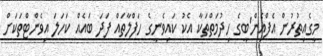
މީގެއިތުރުން އެފްއެން'ބީގެ ހިދުމަތްތަކާ އެކު ކައިވެނީގެ ހަފްލާތައް ފަަދަ ބައެއް ކަހަލަ އިވެންޓްތަކަށް